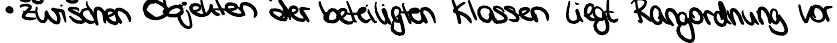
-zwischen Objekten der beteiligten Klassen liegt Rangordnung vor